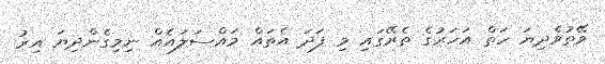
ވޭތުވެދިޔަ ހަތް އަހަރުގެ ތެރޭގައި މި ފަދަ އެތައް މައްސަލައެއް ނިމިގެންދިޔަ އިރު